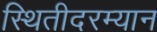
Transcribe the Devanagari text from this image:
स्थितीदरम्यान